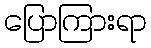
ပြောကြားရာ